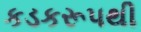
કડકરૂપથી